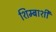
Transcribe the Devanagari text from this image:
शिम्बाशी